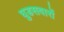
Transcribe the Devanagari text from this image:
घुडसवारों